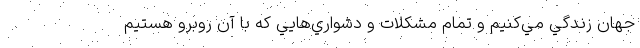
جهان زندگي مي‌كنيم و تمام مشكلات و دشواري‌هايي كه با آن روبرو هستيم